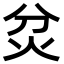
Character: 炃